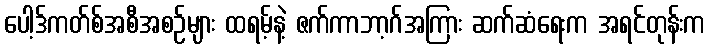
ပေါ့ဒ်ကတ်စ်အစီအစဉ်များ ထရမ့်နဲ့ ဇက်ကာဘာ့ဂ်အကြား ဆက်ဆံရေးက အရင်တုန်းက